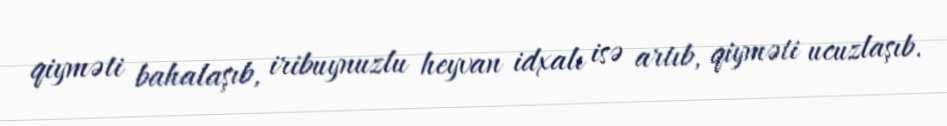
qiyməti bahalaşıb, iribuynuzlu heyvan idxalı isə artıb, qiyməti ucuzlaşıb.